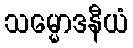
သမ္မောဒနီယံ